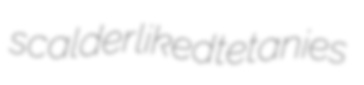
scalder liked tetanies